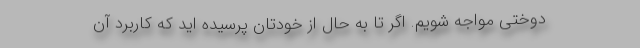
دوختی مواجه شویم. اگر تا به حال از خودتان پرسیده اید که کاربرد آن